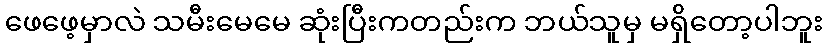
ဖေဖေ့မှာလဲ သမီးမေမေ ဆုံးပြီးကတည်းက ဘယ်သူမှ မရှိတော့ပါဘူး